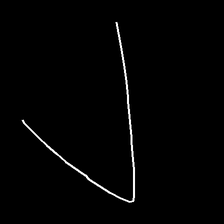
Glyph: region